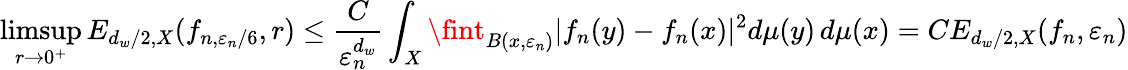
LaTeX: \operatorname*{limsup}_{r\to 0^{+}}E_{d_{w}/2,X}(f_{n,\varepsilon_{n}/6},r)\leq\frac{C}{\varepsilon_{n}^{d_{w}}}\int_{X}\fint_{B(x,\varepsilon_{n})}|f_{n}(y)-f_{n}(x)|^{2}d\mu(y)\, d\mu(x)=CE_{d_{w}/2,X}(f_{n},\varepsilon_{n})